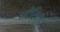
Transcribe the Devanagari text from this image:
स्टेंसिल्ड